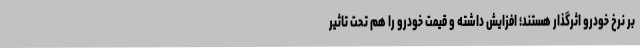
بر نرخ خودرو اثرگذار هستند؛ افزایش داشته‌ و قیمت خودرو را هم تحت تاثیر